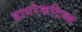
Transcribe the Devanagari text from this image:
डायरेकटिव्स